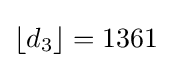
\left\lfloor d_{3}\right\rfloor =1361